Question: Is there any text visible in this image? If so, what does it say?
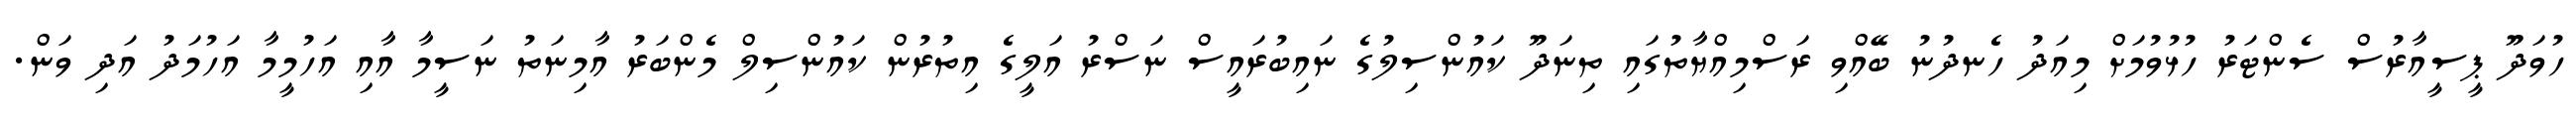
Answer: ހުވަދޫ ޕީސީއާރުސް ސެންޓަރު ހުޅުވުމަށް މިއަދު ހެނދުނު ބޭއްވި ރަސްމިއްޔާތުގައި ތިނަދޫ ކައުންސިލުގެ ނައިބުރައީސް ނަސްރު އަލީގެ އިތުރުން ކައުންސިލް މެންބަރު އާމިނަތު ނަސީމާ އާއި އަހުމީމާ އަހުމަދު އަދި ވަން.